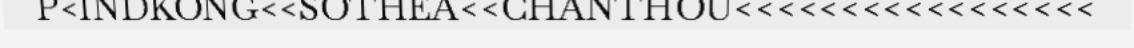
P<INDKONG<<SOTHEA<<CHANTHOU<<<<<<<<<<<<<<<<<